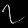
Digit: ၇